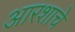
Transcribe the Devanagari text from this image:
आरशाचे